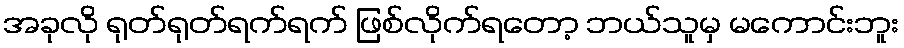
အခုလို ရုတ်ရုတ်ရက်ရက် ဖြစ်လိုက်ရတော့ ဘယ်သူမှ မကောင်းဘူး